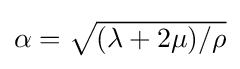
{\textstyle \alpha ={\sqrt {(\lambda +2\mu )/\rho }}}